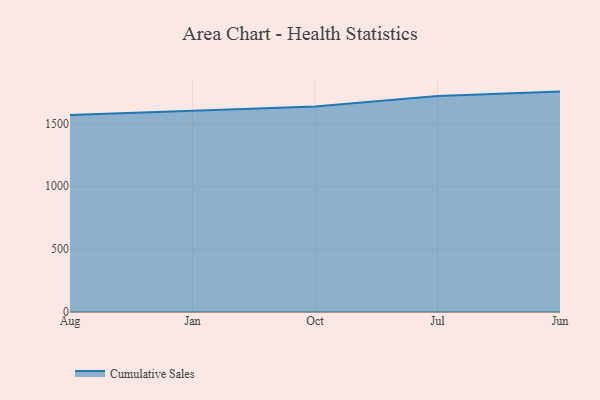
{"axis": {"x": "Month", "y": "Population (Million)"}, "legend": ["Cumulative Sales"], "data": [{"x": "Aug", "y": 1566.7, "type": "Cumulative Sales"}, {"x": "Jan", "y": 1600.0, "type": "Cumulative Sales"}, {"x": "Oct", "y": 1634.8, "type": "Cumulative Sales"}, {"x": "Jul", "y": 1718.7, "type": "Cumulative Sales"}, {"x": "Jun", "y": 1752.7, "type": "Cumulative Sales"}]}